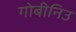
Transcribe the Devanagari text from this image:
गोबीनिउ